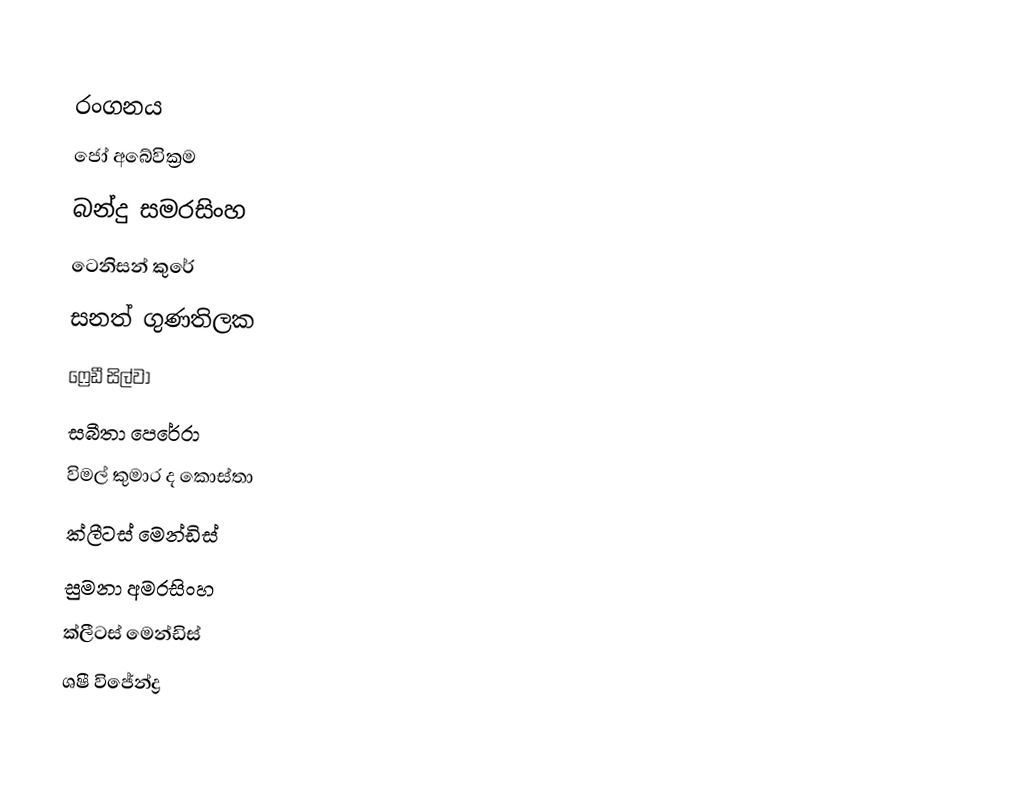

රංගනය
ජෝ අබේවික්‍රම
බන්දු සමරසිංහ
ටෙනිසන් කුරේ
සනත් ගුණතිලක
ෆ්‍රෙඩී සිල්වා
සබීතා පෙරේරා
විමල් කුමාර ද කොස්තා
ක්ලීටස් මෙන්ඩිස්
සුමනා අමරසිංහ
ක්ලීටස් මෙන්ඩිස්
ශෂී විජේන්ද්‍ර